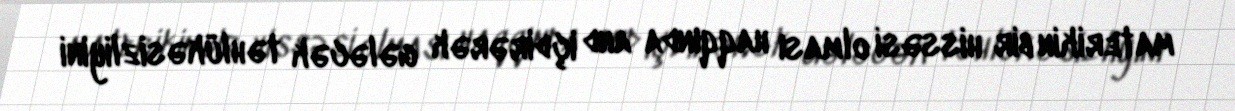
materikin bir hissəsi olması haqqında and içdirərək gələcək təhlükəsizliyini